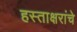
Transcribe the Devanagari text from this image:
हस्ताक्षरांचे